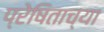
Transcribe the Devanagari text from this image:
प्रेषिताच्या